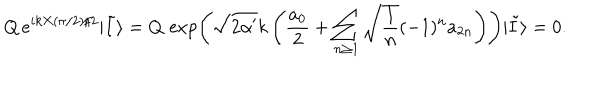
LaTeX: Q \, e ^ { i k X ( \pi / 2 ) / 2 } | \tilde { I } \rangle = Q \, \exp \left( \sqrt { 2 \alpha ^ { \prime } } k \left( { \frac { a _ { 0 } } { 2 } } + \sum _ { n \ge 1 } \sqrt { { \frac { 1 } { n } } } ( - 1 ) ^ { n } a _ { 2 n } \right) \right) | \tilde { I } \rangle = 0 .